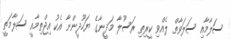
ސަލާމާއި ސަލަވާތް ލެއްވި ކީރިތި ރަސޫލާ މަދީނާގެ ޔަހޫދީންނާ އެކު އިޖްތިމާއީ ސަލާމަތީ